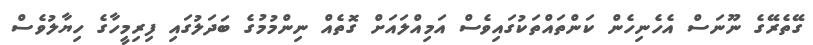
ގޭތެރޭގެ ނޫނަސް އެހެނިހެން ކަންތައްތަކުގައިވެސް އަމިއްލައަށް ގޮތެއް ނިންމުމުގެ ބަދަލުގައި ފިރިމީހާގެ ހިޔާލުވެސް